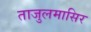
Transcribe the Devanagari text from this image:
ताजुलमासिर